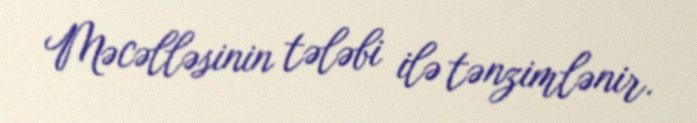
Məcəlləsinin tələbi ilə tənzimlənir.